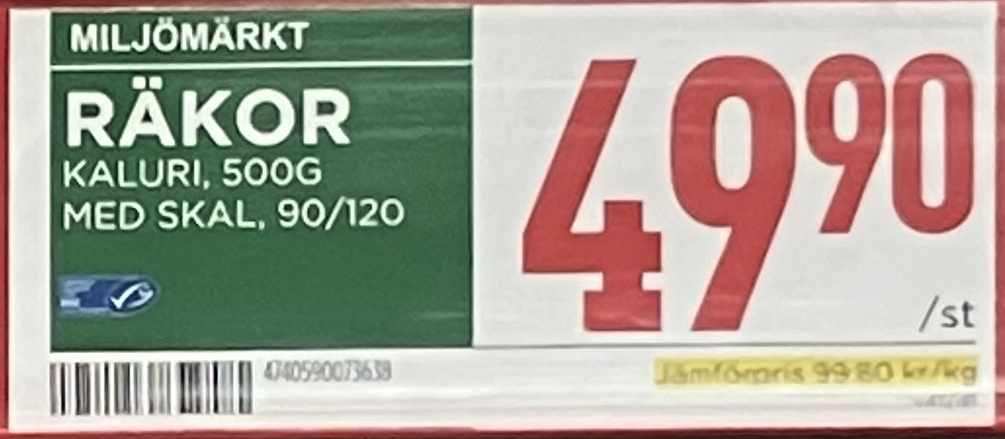
Vara: Räkor
Genomsnittspris: 99.8 per kg